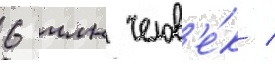
6 млн челов'е́к /